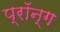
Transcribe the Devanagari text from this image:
प्रॉन्ग